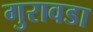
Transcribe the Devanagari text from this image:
गुरावडा